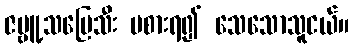
ဇမ္ဗူ့သပြေသီး မစားရ၍ သေသောသူငယ်။